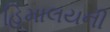
હિમાલયની